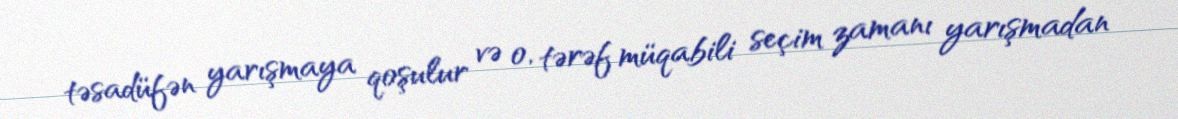
təsadüfən yarışmaya qoşulur və o, tərəf müqabili seçim zamanı yarışmadan